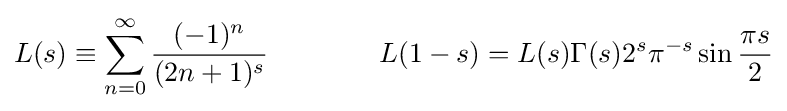
L(s)\equiv \sum _{n=0}^{\infty }{\frac {(-1)^{n}}{(2n+1)^{s}}}\qquad \qquad L(1-s)=L(s)\Gamma (s)2^{s}\pi ^{-s}\sin {\frac {\pi s}{2}}